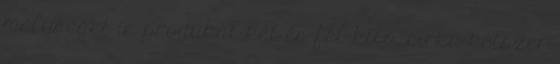
mélységet is produkál két és fél kiló, cirka kétszer